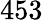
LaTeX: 453